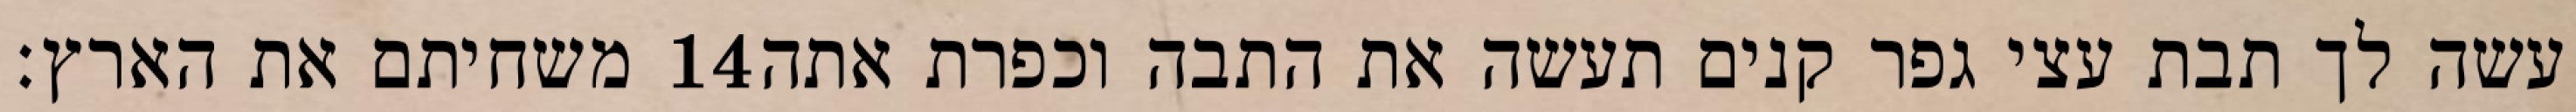
משחיתם את הארץ׃ ‎14‏ עשה לך תבת עצי גפר קנים תעשה את התבה וכפרת אתה